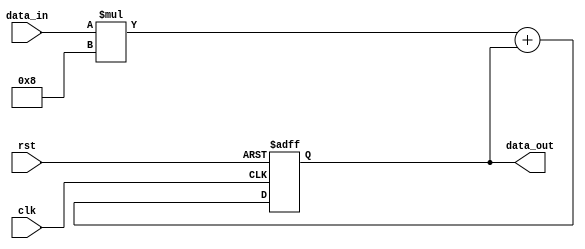
module weighted_moving_avg_accumulator (
    input wire clk,
    input wire rst,
    input wire [7:0] data_in,
    output wire [15:0] data_out
);

reg [15:0] accum;

always @(posedge clk or posedge rst) begin
    if (rst) begin
        accum <= 16'b0;
    end else begin
        accum <= data_in * 8 + accum;
    end
end

assign data_out = accum;

endmodule